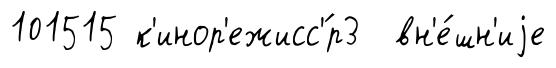
101515 к'инор'ежисс'́р3 вн'е́шн'иjе